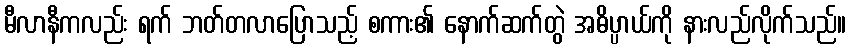
မီလာနီကလည်း ရက် ဘတ်တလာပြောသည့် စကား၏ နောက်ဆက်တွဲ အဓိပ္ပာယ်ကို နားလည်လိုက်သည်။